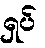
ရှပ်